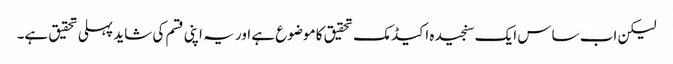
لیکن اب ساس ایک سنجیدہ اکیڈمک تحقیق کا موضوع ہے اور یہ اپنی قسم کی شاید پہلی تحقیق ہے۔